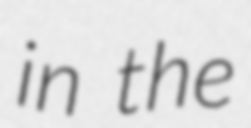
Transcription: in the